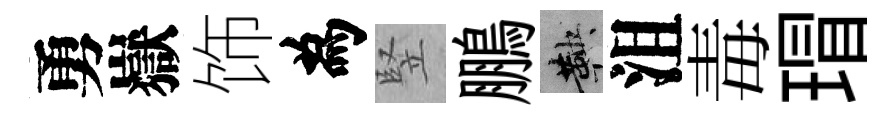
勇嶽饰為竪鵬鞅沮毒瑁